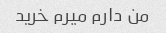
من دارم میرم خرید